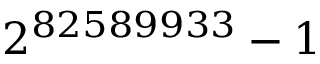
2 ^ { 8 2 5 8 9 9 3 3 } - 1